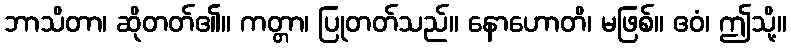
ဘာသိတာ၊ ဆိုတတ်၏။ ကတ္တာ၊ ပြုတတ်သည်။ နောဟောတိ၊ မဖြစ်။ ဧဝံ၊ ဤသို့။